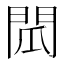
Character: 𮤌